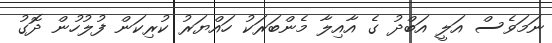
ނަމަވެސް އަލީ އަބްދު ގެ އާއިލާ މެންބަރަކު ހައްޔަރު ކުރިކަން ފުލުހުން ދޮގު